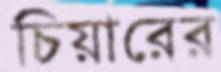
চিয়ারের